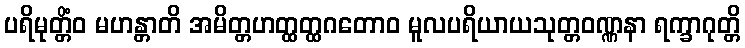
ပရိမုတ္တိံဝ မဟန္တာတိ အမိတ္တဟတ္ထတ္ထဂတောဝ မူလပရိယာယသုတ္တဝဏ္ဏနာ ရက္ခာဂုတ္တိ